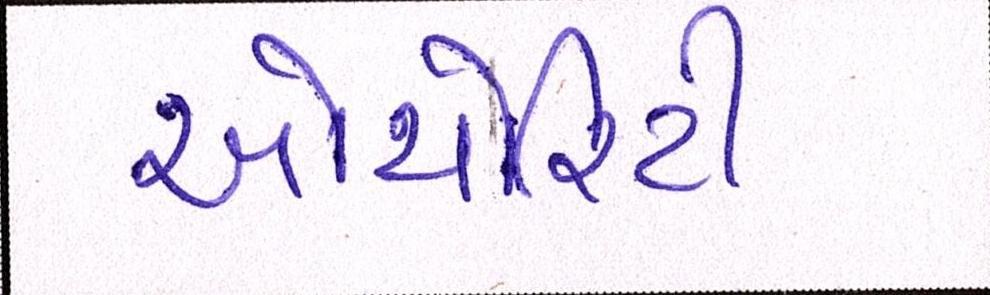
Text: ઓથોરિટી